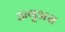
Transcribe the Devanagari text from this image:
अगुअस